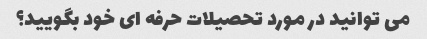
می توانید در مورد تحصیلات حرفه ای خود بگویید؟